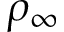
\rho _ { \infty }